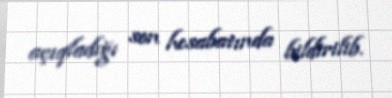
açıqladığı son hesabatında bildirilib.